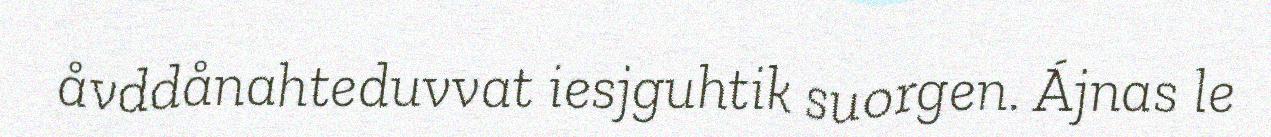
åvddånahteduvvat iesjguhtik suorgen. Ájnas le